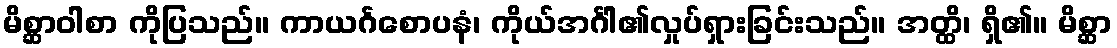
မိစ္ဆာဝါစာ ကိုပြသည်။ ကာယင်္ဂစောပနံ၊ ကိုယ်အင်္ဂါ၏လှုပ်ရှားခြင်းသည်။ အတ္ထိ၊ ရှိ၏။ မိစ္ဆာ